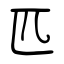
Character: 匹